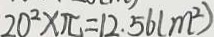
2 0 ^ { 2 } \times \pi = 1 2 . 5 6 ( m ^ { 2 } )